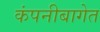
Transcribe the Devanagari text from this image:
कंपनीबागेत